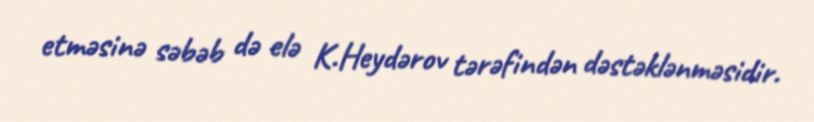
etməsinə səbəb də elə K.Heydərov tərəfindən dəstəklənməsidir.